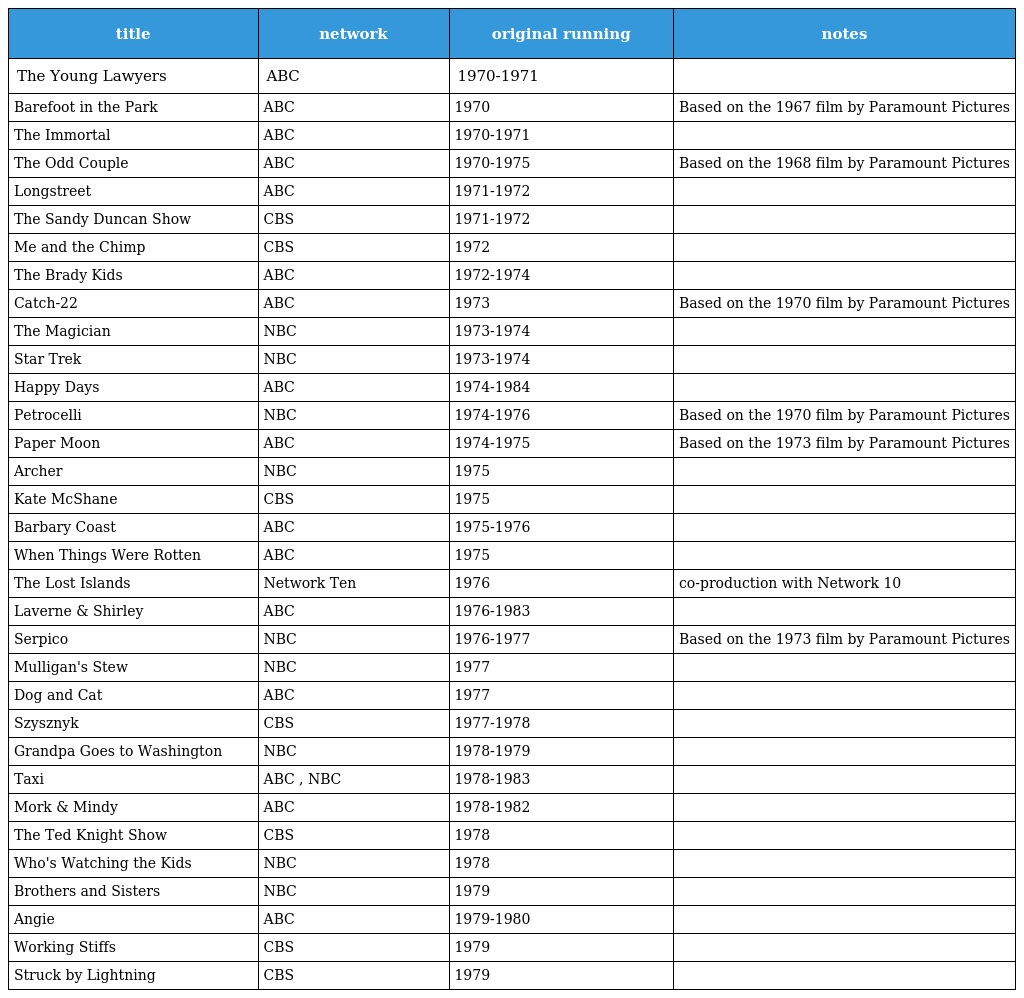
| title | network | original running | notes |
 | --- | --- | --- | --- |
 | The Young Lawyers | ABC | 1970-1971 |  |
 | Barefoot in the Park | ABC | 1970 | Based on the 1967 film by Paramount Pictures |
 | The Immortal | ABC | 1970-1971 |  |
 | The Odd Couple | ABC | 1970-1975 | Based on the 1968 film by Paramount Pictures |
 | Longstreet | ABC | 1971-1972 |  |
 | The Sandy Duncan Show | CBS | 1971-1972 |  |
 | Me and the Chimp | CBS | 1972 |  |
 | The Brady Kids | ABC | 1972-1974 |  |
 | Catch-22 | ABC | 1973 | Based on the 1970 film by Paramount Pictures |
 | The Magician | NBC | 1973-1974 |  |
 | Star Trek | NBC | 1973-1974 |  |
 | Happy Days | ABC | 1974-1984 |  |
 | Petrocelli | NBC | 1974-1976 | Based on the 1970 film by Paramount Pictures |
 | Paper Moon | ABC | 1974-1975 | Based on the 1973 film by Paramount Pictures |
 | Archer | NBC | 1975 |  |
 | Kate McShane | CBS | 1975 |  |
 | Barbary Coast | ABC | 1975-1976 |  |
 | When Things Were Rotten | ABC | 1975 |  |
 | The Lost Islands | Network Ten | 1976 | co-production with Network 10 |
 | Laverne & Shirley | ABC | 1976-1983 |  |
 | Serpico | NBC | 1976-1977 | Based on the 1973 film by Paramount Pictures |
 | Mulligan's Stew | NBC | 1977 |  |
 | Dog and Cat | ABC | 1977 |  |
 | Szysznyk | CBS | 1977-1978 |  |
 | Grandpa Goes to Washington | NBC | 1978-1979 |  |
 | Taxi | ABC , NBC | 1978-1983 |  |
 | Mork & Mindy | ABC | 1978-1982 |  |
 | The Ted Knight Show | CBS | 1978 |  |
 | Who's Watching the Kids | NBC | 1978 |  |
 | Brothers and Sisters | NBC | 1979 |  |
 | Angie | ABC | 1979-1980 |  |
 | Working Stiffs | CBS | 1979 |  |
 | Struck by Lightning | CBS | 1979 |  |